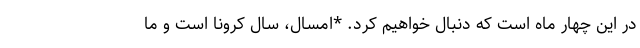
در این چهار ماه است که دنبال خواهیم کرد. *امسال، سال کرونا است و ما